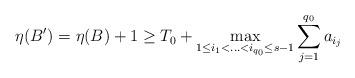
LaTeX: \begin{align*}\eta(B^{\prime})=\eta(B)+1\ge T_0+\max_{1 \le i_1<\ldots<i_{q_0} \le s-1} \sum_{j=1}^{q_0} a_{i_j} \end{align*}